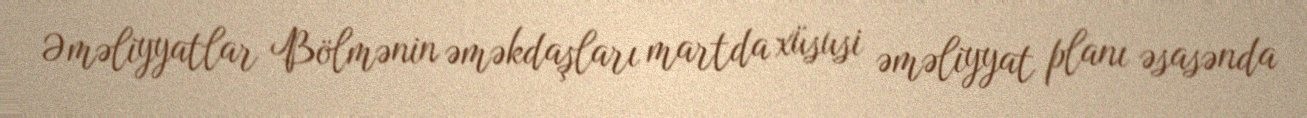
Əməliyyatlar Bölmənin əməkdaşları martda xüsusi əməliyyat planı əsasənda